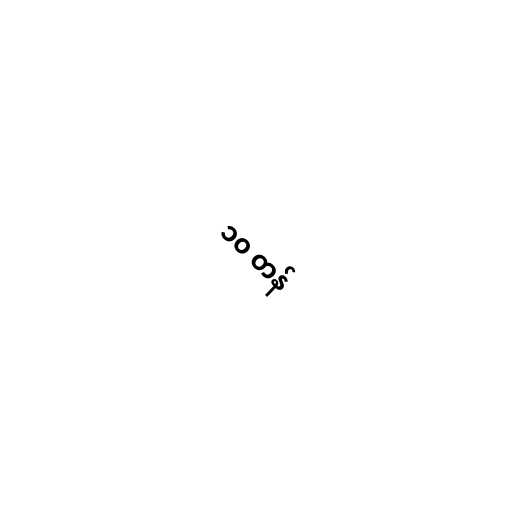
၁၀ တန်